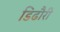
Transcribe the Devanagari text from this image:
डिढौरी